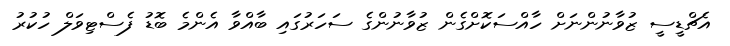
އެޗްޑީސީ ޒުވާނުންނަށް ހާއްސަކޮށްގެން ޒުވާނުންގެ ސަހަރުގައި ބާއްވާ އެންމެ ބޮޑު ފެސްޓިވަލް ހުކުރު